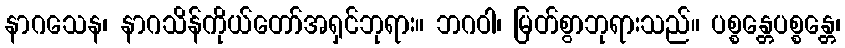
နာဂသေန၊ နာဂသိန်ကိုယ်တော်အရှင်ဘုရား။ ဘဂဝါ၊ မြတ်စွာဘုရားသည်။ ပစ္စန္တေပစ္စန္တေ၊